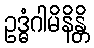
ဥဒ္ဓံဂါမိနိန္တိ